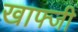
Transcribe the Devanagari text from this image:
खाफ्जी